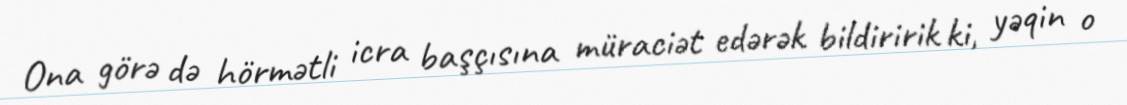
Ona görə də hörmətli icra başçısına müraciət edərək bildiririk ki, yəqin o